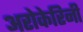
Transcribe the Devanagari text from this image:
अरोकेरिनी